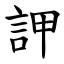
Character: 䛅